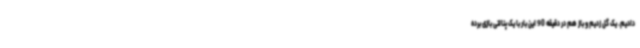
دادیم. یک گل زدیم و باز هم در دقیقه 90 این بار با یک پنالتی بازی برده